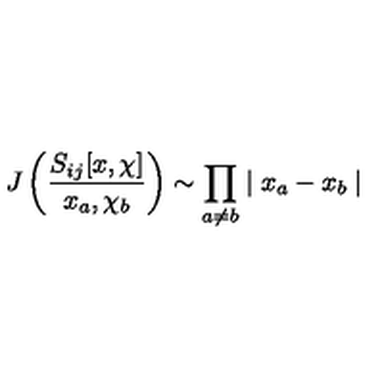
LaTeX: J \left( \frac { S _ { i j } [ x , \chi ] } { x _ { a } , \chi _ { b } } \right) \sim \prod _ { a \neq b } \mid x _ { a } - x _ { b } \mid